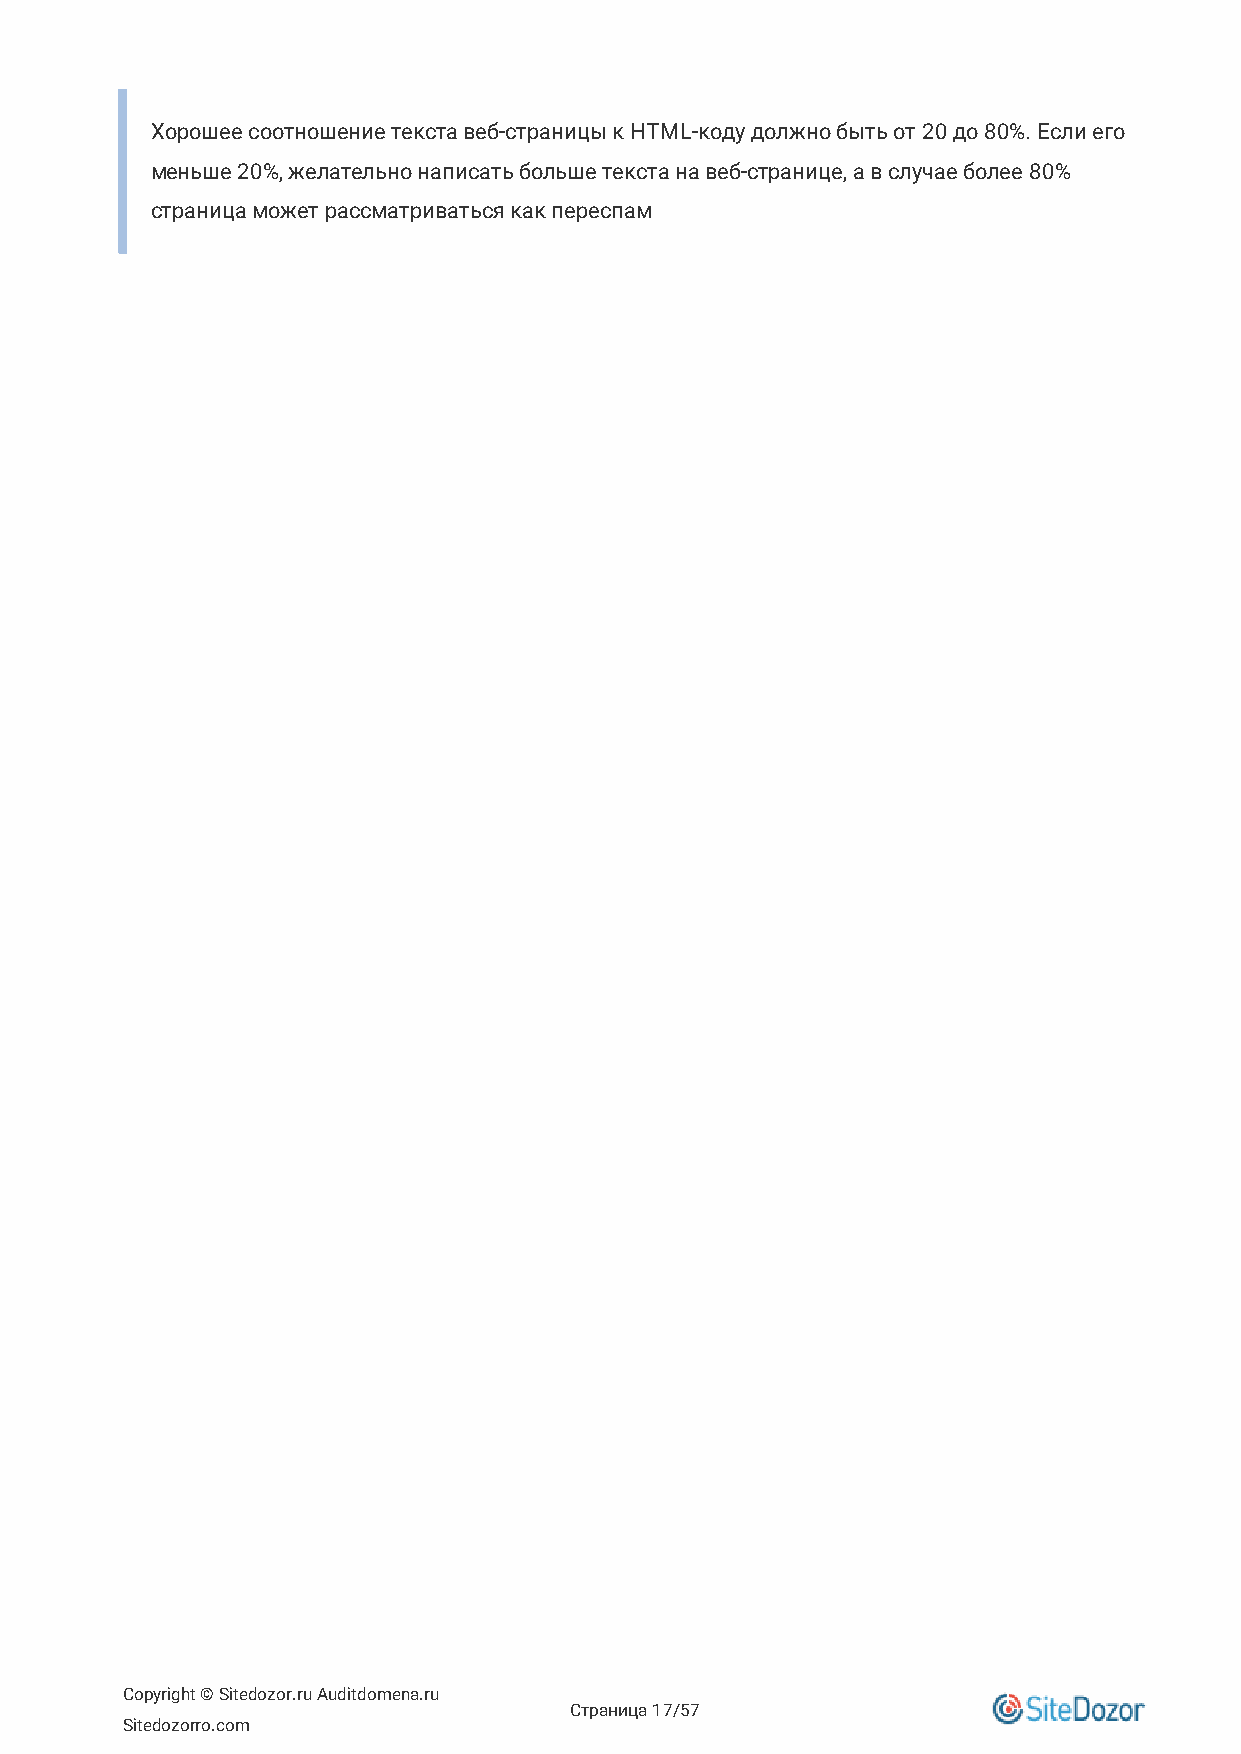
Хорошее соотношение текста веб-страницы к HTML-коду должно быть от 20 до 80%. Если его
 меньше 20%, желательно написать больше текста на веб-странице, а в случае более 80%
 страница может рассматриваться как переспам
 Copyright © Sitedozor.ru Auditdomena.ru
 Страница 17/57
 Sitedozorro.com